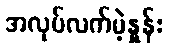
အလုပ်လက်မဲ့နှုန်း